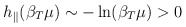
\begin{align*}h_{\parallel}(\beta_T\mu)\sim -\ln(\beta_T\mu)>0\end{align*}